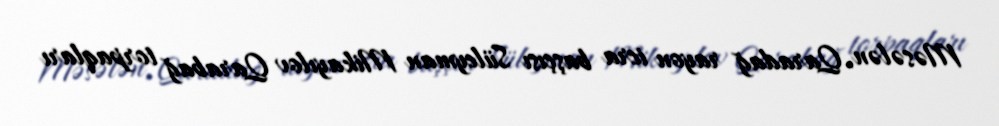
Məsələn, Qaradağ rayon icra başçısı Süleyman Mikayılov Qarabağ torpaqları